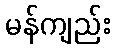
မန်ကျည်း